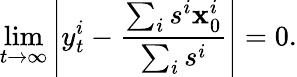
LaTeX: \operatorname*{lim}_{t\to\infty}\left\lvert y_{t}^{i}-\frac{\sum_{i}s^{i}\mathbf{x}_{0}^{i}}{\sum_{i}s^{i}}\right\vert=0.